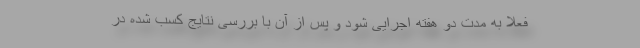
فعلا به مدت دو هفته اجرایی شود و پس از آن با بررسی نتایج کسب شده در